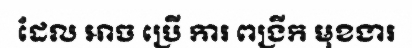
ដែល អាច ប្រើ ការ ពង្រីក មុខងារ